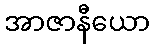
အာဇာနီယော